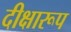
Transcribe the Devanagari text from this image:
दीक्षारूप